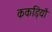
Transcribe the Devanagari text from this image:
ककड़ियों